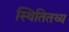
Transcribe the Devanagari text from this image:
स्थितितथ्य